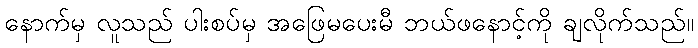
နောက်မှ လူသည် ပါးစပ်မှ အဖြေမပေးမီ ဘယ်ဖနောင့်ကို ချလိုက်သည်။